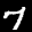
Label: 7